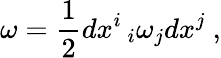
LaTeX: \omega=\displaystyle\frac{1}{2}dx^{i}\, _{i}\omega_{j}dx^{j}~,